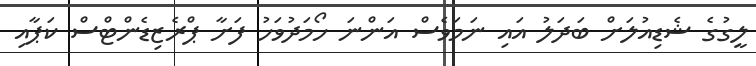
ލީގުގެ ޝެޑިއުލަށް ބަދަލު އައި ނަމަވެސް އަންނަ ހޯމަދުވަހު ފަށާ ޕްރެޒިޑެންޓްސް ކަޕާއި